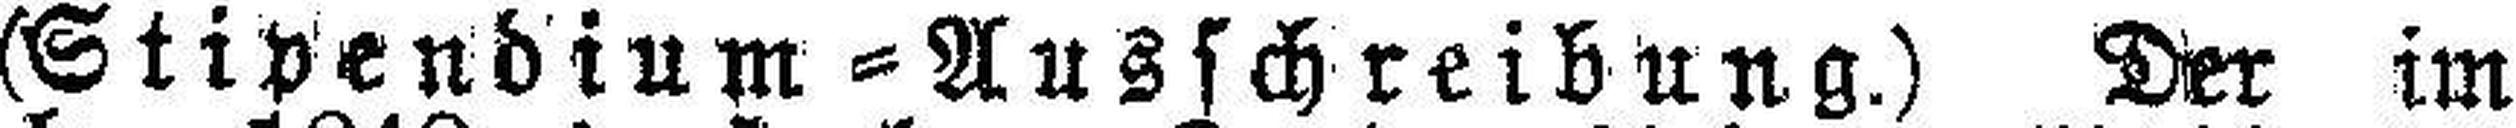
(Stipendium = Ausschreibung.) Der im